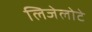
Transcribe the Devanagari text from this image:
लिजेलोटे